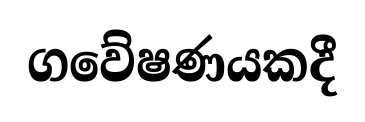
ගවේෂණයකදී